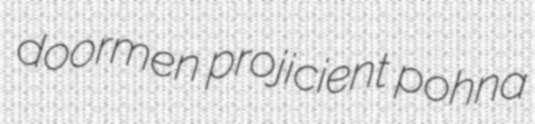
doormen projicient pohna